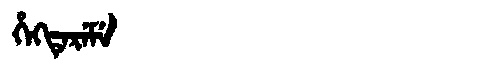
Manchu: ᡥᡝᡴᡨᡝᡵᡝᠮᡝ
Romanization: HEKTEREME